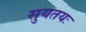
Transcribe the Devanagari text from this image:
सुयतयः